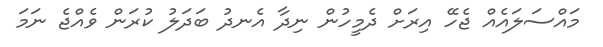
މައްސަލައެއް ޖެހޭ އިރަށް ދެމީހުން ނިދާ އެނދު ބަދަލު ކުރަން ވެއްޖެ ނަމަ